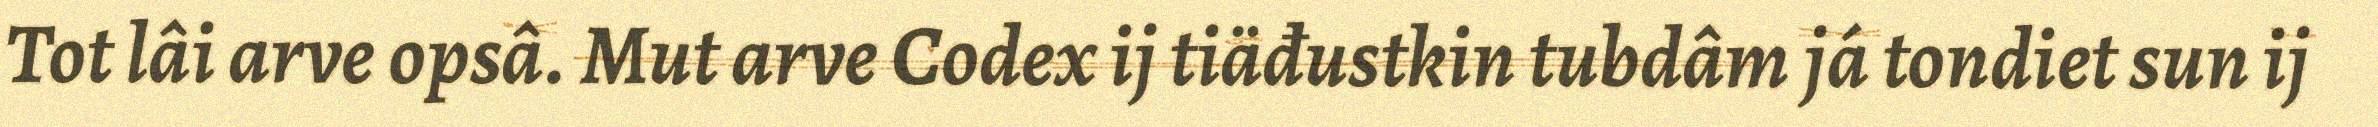
Tot lâi arve opsâ. Mut arve Codex ij tiäđustkin tubdâm já tondiet sun ij